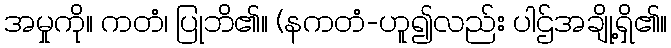
အမှုကို။ ကတံ၊ ပြုဘိ၏။ (နကတံ-ဟူ၍လည်း ပါဌ်အချို့ရှိ၏။